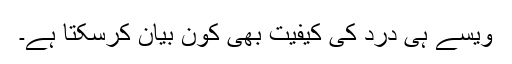
ویسے ہی درد کی کیفیت بھی کون بیان کرسکتا ہے۔